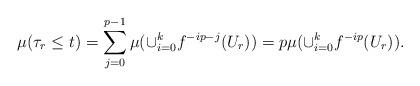
LaTeX: \begin{align*}\mu(\tau_r \le t) = \sum_{j=0}^{p-1} \mu(\cup_{i=0}^k f^{-ip-j}(U_r)) = p \mu(\cup_{i=0}^k f^{-ip}(U_r)) .\end{align*}